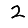
Digit: 2